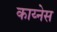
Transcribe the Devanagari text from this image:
काय्नेस